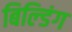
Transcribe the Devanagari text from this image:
बिल्‍डिंग